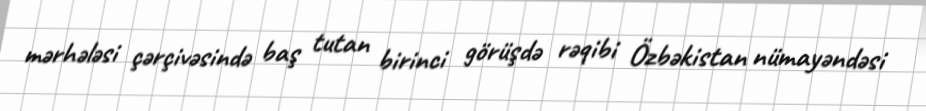
mərhələsi çərçivəsində baş tutan birinci görüşdə rəqibi Özbəkistan nümayəndəsi